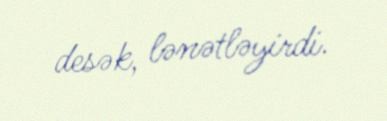
desək, lənətləyirdi.